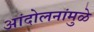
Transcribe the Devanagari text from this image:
आंदोलनांमुळे